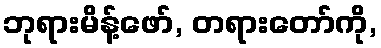
ဘုရားမိန့်ဖော်, တရားတော်ကို,